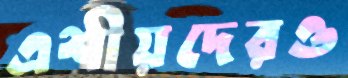
এশীয়দেরও